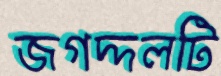
জগদ্দলটি